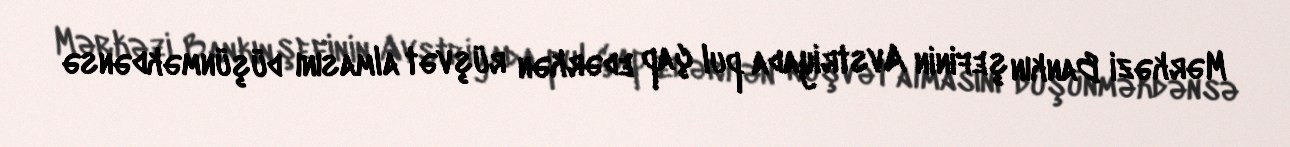
Mərkəzi Bankın şefinin Avstriyada pul çap edərkən rüşvət almasını düşünməkdənsə